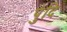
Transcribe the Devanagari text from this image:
पुंदि